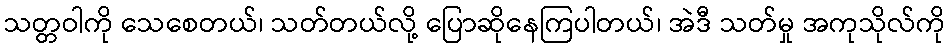
သတ္တဝါကို သေစေတယ်၊ သတ်တယ်လို့ ပြောဆိုနေကြပါတယ်၊ အဲဒီ သတ်မှု အကုသိုလ်ကို